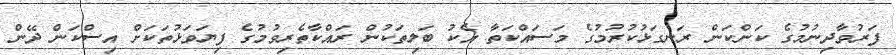
ފަރުވާދިނުމުގެ ކަންކަން ރަނގަޅުކުރުމުގެ މަސައްކަތާ އެކު ބަލިތަކުން ރައްކާތެރިވުމުގެ ފިޔަވަޅުތަކަށް އިސްކަން ދޭން